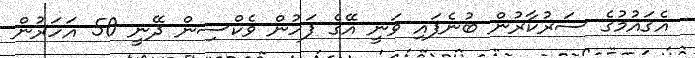
އެޤައުމުގެ ސަރުކާރުން ބުނެފައި ވަނީ އޭގެ ފަހުން ވެކްސިން ދޭނީ 50 އަހަރުން